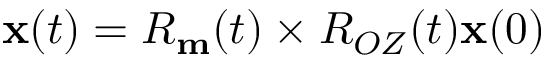
{ \bf x } ( t ) = R _ { \bf m } ( t ) \times R _ { O Z } ( t ) { \bf x } ( 0 )